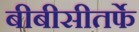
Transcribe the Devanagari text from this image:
बीबीसीतर्फे